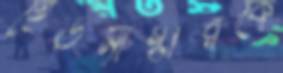
হেডমাস্টারকে